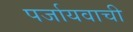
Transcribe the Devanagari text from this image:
पर्जायवाची